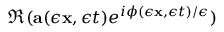
\Re ( { \mathbf { a } } ( \epsilon { \mathbf { x } } , \epsilon t ) e ^ { i \phi ( \epsilon { \mathbf { x } } , \epsilon t ) / \epsilon } )